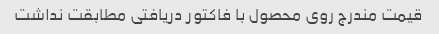
قیمت مندرج روی محصول با فاکتور دریافتی مطابقت نداشت